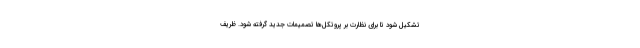
تشکیل شود تا برای نظارت بر پروتکل‌ها تصمیمات جدید گرفته شود. ظریف